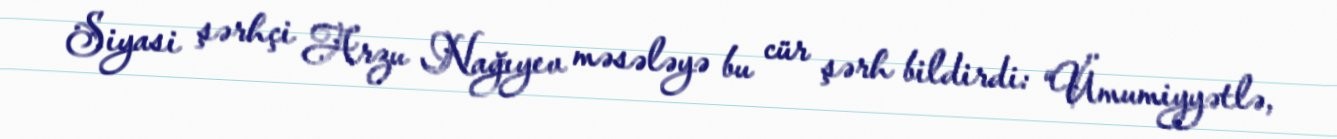
Siyasi şərhçi Arzu Nağıyev məsələyə bu cür şərh bildirdi: “Ümumiyyətlə,